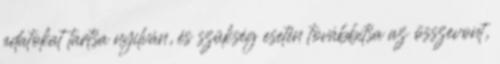
adatokat tartsa nyilván, és szükség esetén továbbítsa az összevont,